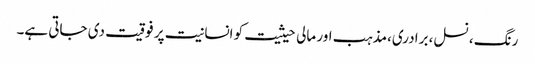
رنگ ، نسل، برادری،مذہب اور مالی حیثیت کو انسانیت پر فوقیت دی جاتی ہے۔